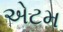
એટમ